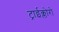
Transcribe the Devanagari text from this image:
ट्राईक्लोरो